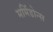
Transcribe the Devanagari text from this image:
मर्मिडोन्स